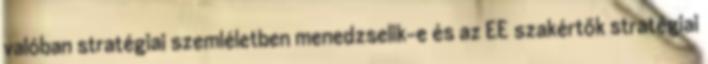
valóban stratégiai szemléletben menedzselik-e és az EE szakértők stratégiai